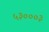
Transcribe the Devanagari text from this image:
५३०००३